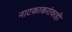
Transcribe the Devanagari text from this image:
नाटकाकरांवरही